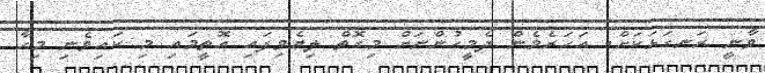
ވާނީ ރަނގަޅަކަށް. އަހަރެމެން ދެމީހުންނަށް މިގޮތް ލިޔެވިފައި އޮތީމައި މި ކައިވެނި މިހާ